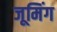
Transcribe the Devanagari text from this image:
जूमिंग